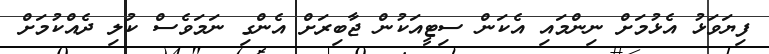
ފިޔަވަޅު އެޅުމަށް ނިންމައި އެކަން ސިޓީއަކުން ޖާބިރަށް އެންގި ނަމަވެސް ކުލި ދެއްކުމަށް